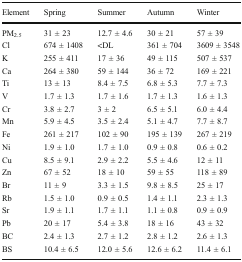
<table><thead><tr><td><b>Element</b></td><td><b>Spring</b></td><td><b>Summer</b></td><td><b>Autumn</b></td><td><b>Winter</b></td></tr></thead><tbody><tr><td>PM<sub>2.5</sub></td><td>31 ± 23</td><td>12.7 ± 4.6</td><td>30 ± 21</td><td>57 ± 39</td></tr><tr><td>Cl</td><td>674 ± 1408</td><td>&lt;DL</td><td>361 ± 704</td><td>3609 ± 3548</td></tr><tr><td>K</td><td>255 ± 411</td><td>17 ± 36</td><td>49 ± 115</td><td>507 ± 537</td></tr><tr><td>Ca</td><td>264 ± 380</td><td>59 ± 144</td><td>36 ± 72</td><td>169 ± 221</td></tr><tr><td>Ti</td><td>13 ± 13</td><td>8.4 ± 7.5</td><td>6.8 ± 5.3</td><td>7.7 ± 7.3</td></tr><tr><td>V</td><td>1.7 ± 1.3</td><td>1.7 ± 1.6</td><td>1.7 ± 1.3</td><td>1.6 ± 1.3</td></tr><tr><td>Cr</td><td>3.8 ± 2.7</td><td>3 ± 2</td><td>6.5 ± 5.1</td><td>6.0 ± 4.4</td></tr><tr><td>Mn</td><td>5.9 ± 4.5</td><td>3.5 ± 2.4</td><td>5.1 ± 4.7</td><td>7.7 ± 8.7</td></tr><tr><td>Fe</td><td>261 ± 217</td><td>102 ± 90</td><td>195 ± 139</td><td>267 ± 219</td></tr><tr><td>Ni</td><td>1.9 ± 1.0</td><td>1.7 ± 1.0</td><td>0.9 ± 0.8</td><td>0.6 ± 0.2</td></tr><tr><td>Cu</td><td>8.5 ± 9.1</td><td>2.9 ± 2.2</td><td>5.5 ± 4.6</td><td>12 ± 11</td></tr><tr><td>Zn</td><td>67 ± 52</td><td>18 ± 10</td><td>59 ± 55</td><td>118 ± 89</td></tr><tr><td>Br</td><td>11 ± 9</td><td>3.3 ± 1.5</td><td>9.8 ± 8.5</td><td>25 ± 17</td></tr><tr><td>Rb</td><td>1.5 ± 1.0</td><td>0.9 ± 0.5</td><td>1.4 ± 1.1</td><td>2.3 ± 1.3</td></tr><tr><td>Sr</td><td>1.9 ± 1.1</td><td>1.7 ± 1.1</td><td>1.1 ± 0.8</td><td>0.9 ± 0.9</td></tr><tr><td>Pb</td><td>20 ± 17</td><td>5.4 ± 3.8</td><td>18 ± 16</td><td>43 ± 32</td></tr><tr><td>BC</td><td>2.4 ± 1.3</td><td>2.7 ± 1.2</td><td>2.8 ± 1.2</td><td>2.6 ± 1.3</td></tr><tr><td>BS</td><td>10.4 ± 6.5</td><td>12.0 ± 5.6</td><td>12.6 ± 6.2</td><td>11.4 ± 6.1</td></tr></tbody></table>